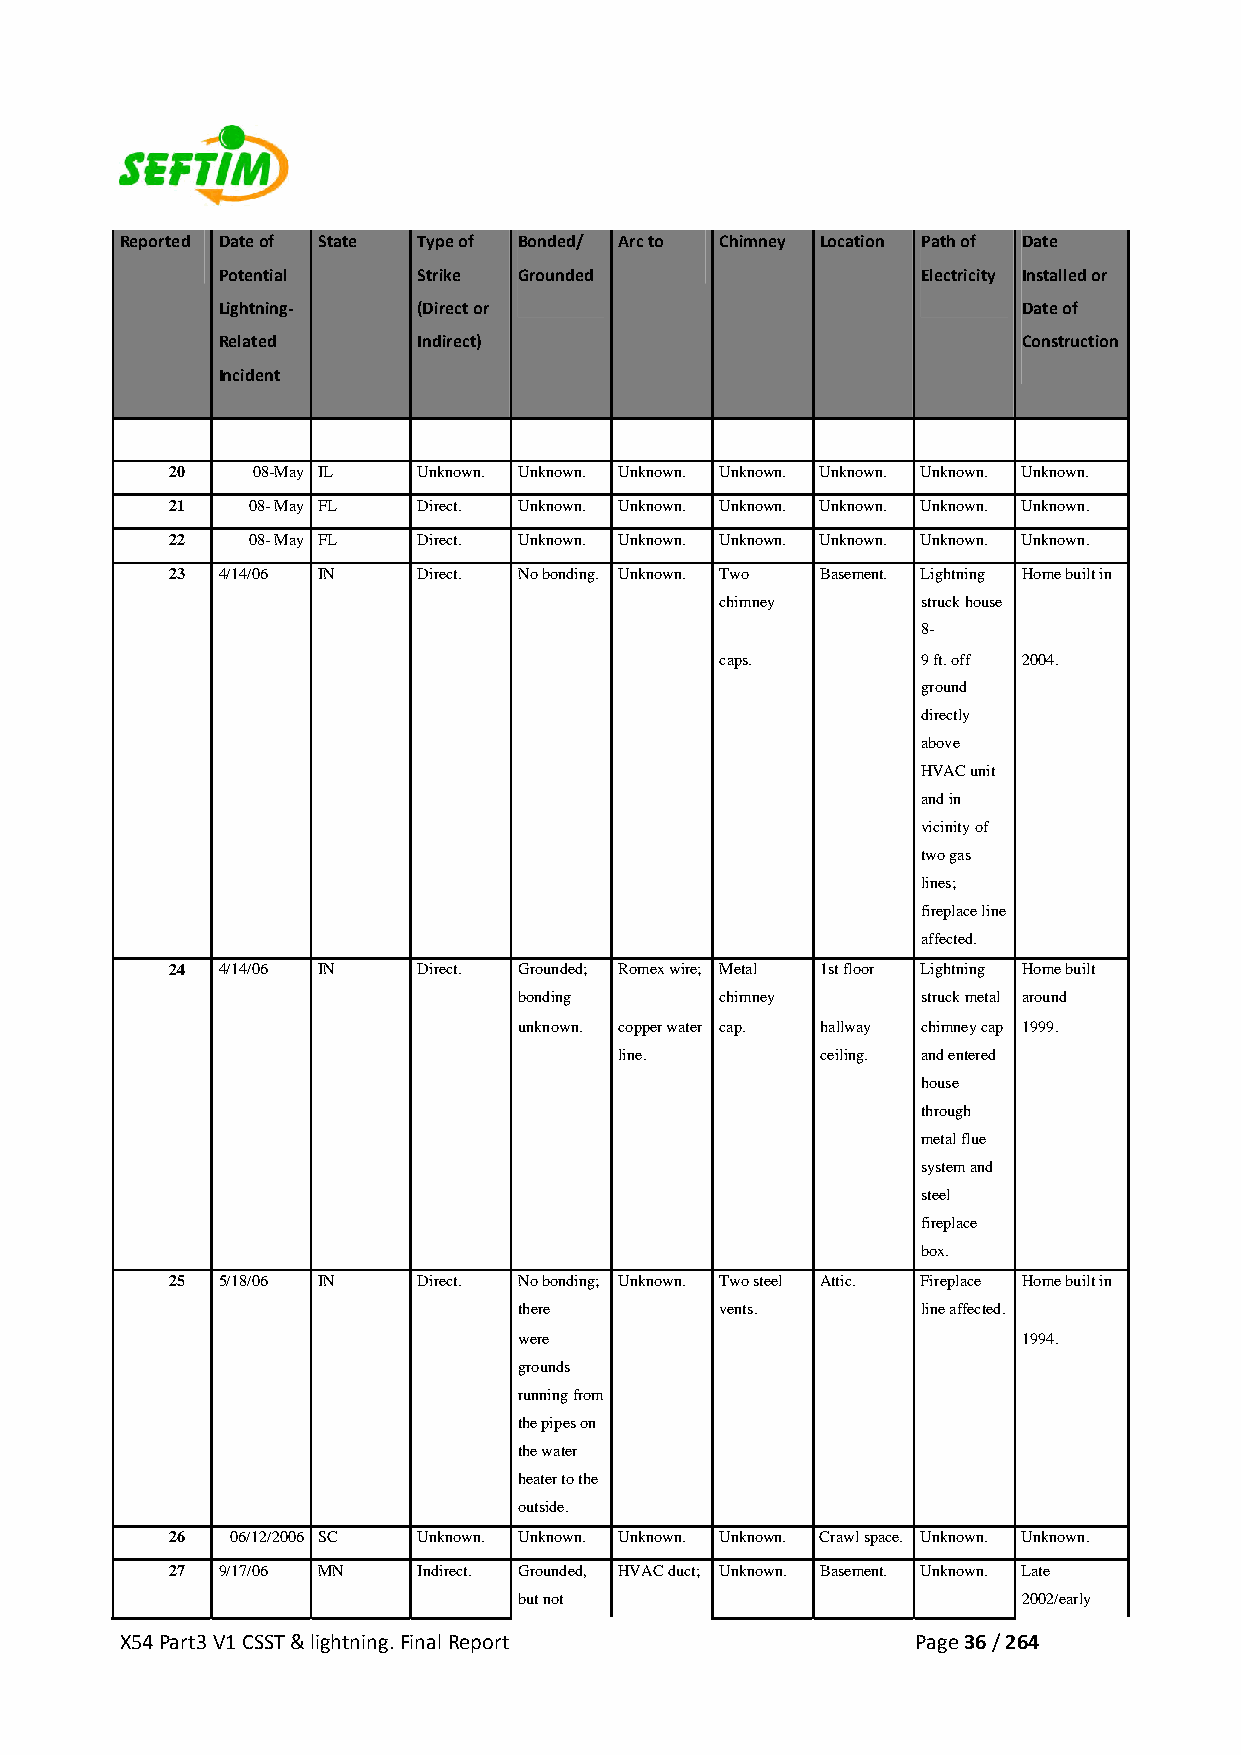
Reported Date of State Type of Bonded/ Arc to Chimney Location Path of Date
 Potential     Strike Grounded                  Electricity Installed or
 Lightning‐    (Direct or                              Date of
 Related       Indirect)                               Construction
 Incident
 20    08-May IL  Unknown. Unknown. Unknown. Unknown. Unknown. Unknown. Unknown.
 21   08- May FL  Direct. Unknown. Unknown. Unknown. Unknown. Unknown. Unknown.
 22   08- May FL  Direct. Unknown. Unknown. Unknown. Unknown. Unknown. Unknown.
 23 4/14/06 IN    Direct. No bonding. Unknown. Two Basement. Lightning Home built in
 chimney      struck house
 8-
 caps.        9 ft. off 2004.
 ground
 directly
 above
 HVAC unit
 and in
 vicinity of
 two gas
 lines;
 fireplace line
 affected.
 24 4/14/06 IN    Direct. Grounded; Romex wire; Metal 1st floor Lightning Home built
 bonding       chimney      struck metal around
 unknown. copper water cap. hallway chimney cap 1999.
 line.        ceiling. and entered
 house
 through
 metal flue
 system and
 steel
 fireplace
 box.
 25 5/18/06 IN    Direct. No bonding; Unknown. Two steel Attic. Fireplace Home built in
 there         vents.       line affected.
 were                              1994.
 grounds
 running from
 the pipes on
 the water
 heater to the
 outside.
 26  06/12/2006 SC Unknown. Unknown. Unknown. Unknown. Crawl space. Unknown. Unknown.
 27 9/17/06 MN    Indirect. Grounded, HVAC duct; Unknown. Basement. Unknown. Late
 but not                           2002/early
 X54 Part3 V1 CSST & lightning. Final Report          Page 36 / 264